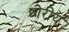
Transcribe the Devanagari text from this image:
छोरीय